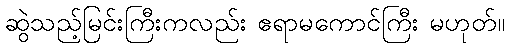
ဆွဲသည့်မြင်းကြီးကလည်း ဧရာမကောင်ကြီး မဟုတ်။